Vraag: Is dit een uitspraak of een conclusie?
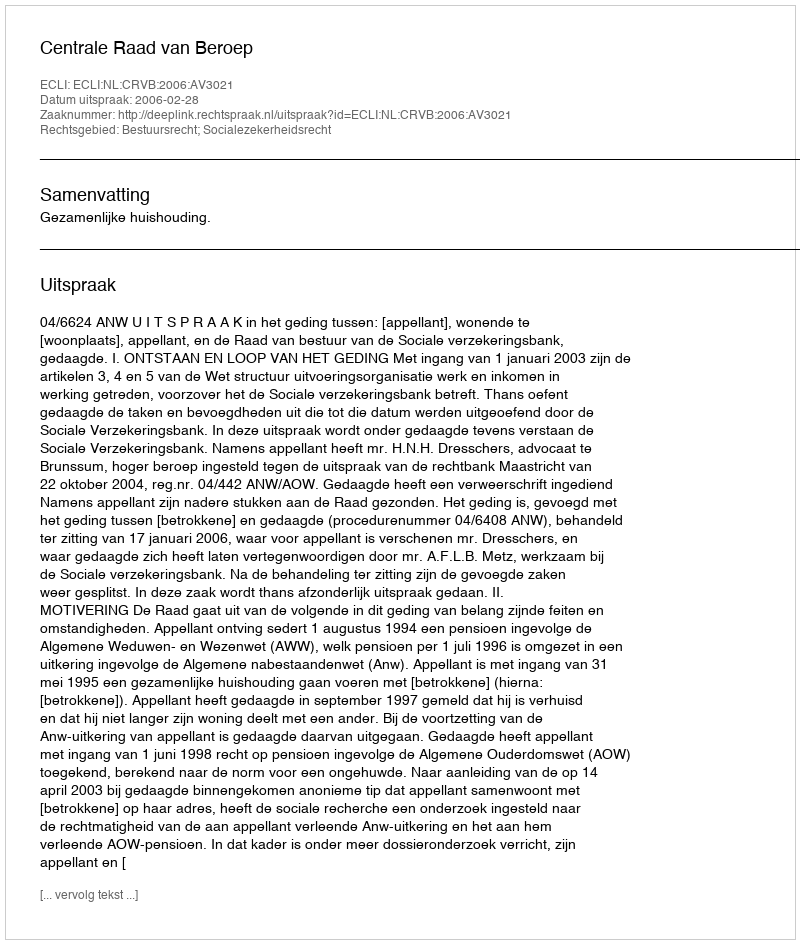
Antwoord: Uitspraak